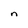
Character: n